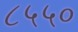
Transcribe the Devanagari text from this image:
८५५०